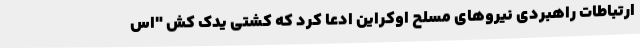
ارتباطات راهبردی نیروهای مسلح اوکراین ادعا کرد که کشتی یدک کش "اس